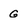
Character: g